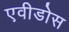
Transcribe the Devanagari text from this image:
एवीडोस